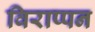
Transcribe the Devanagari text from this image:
विराप्पन